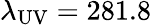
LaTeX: \lambda_{\mathrm{UV}}=281.8